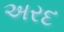
અરદ